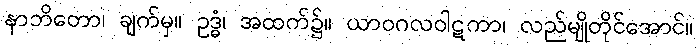
နာဘိတော၊ ချက်မှ။ ဥဒ္ဓံ၊ အထက်၌။ ယာဝဂလဝါဋကာ၊ လည်မျိုတိုင်အောင်။